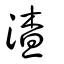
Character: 渣